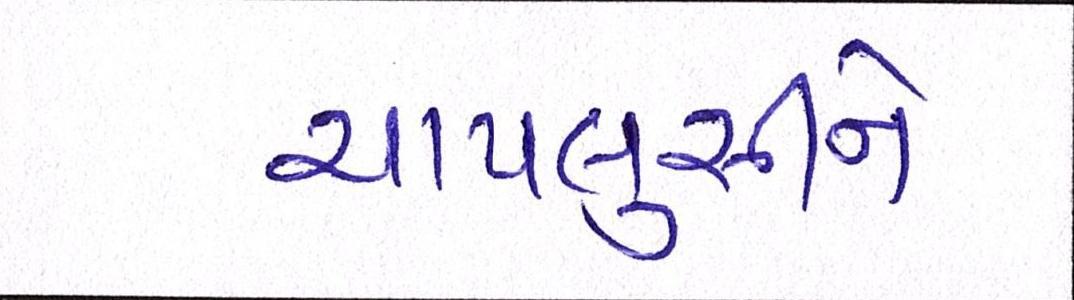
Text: ચાપલુસીને